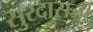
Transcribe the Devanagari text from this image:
सुरदासजी